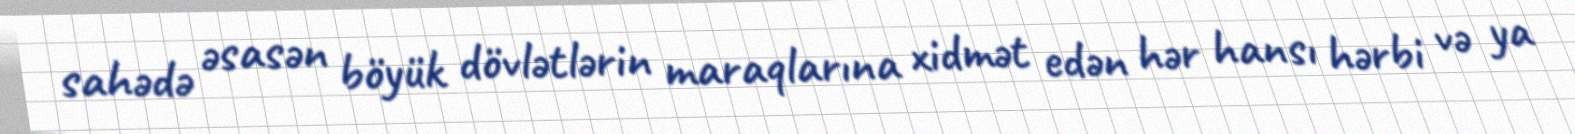
sahədə əsasən böyük dövlətlərin maraqlarına xidmət edən hər hansı hərbi və ya